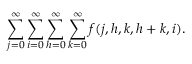
\sum _ { j = 0 } ^ { \infty } \sum _ { i = 0 } ^ { \infty } \sum _ { h = 0 } ^ { \infty } \sum _ { k = 0 } ^ { \infty } f ( j , h , k , h + k , i ) .